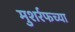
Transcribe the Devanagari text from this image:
मुशर्रफच्या